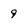
Character: 9